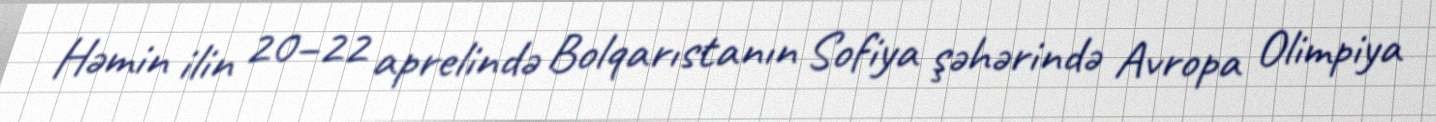
Həmin ilin 20–22 aprelində Bolqarıstanın Sofiya şəhərində Avropa Olimpiya